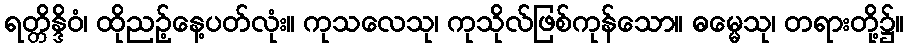
ရတ္တိန္ဒိဝံ၊ ထိုညဉ့်နေ့ပတ်လုံး။ ကုသလေသု၊ ကုသိုလ်ဖြစ်ကုန်သော။ ဓမ္မေသု၊ တရားတို့၌။